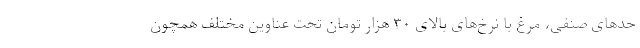
حد‌های صنفی، مرغ با نرخ‌های بالای ۳۰ هزار تومان تحت عناوین مختلف همچون